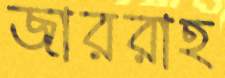
জাররাহ